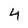
Character: 4